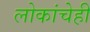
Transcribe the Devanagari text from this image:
लोकांचेही